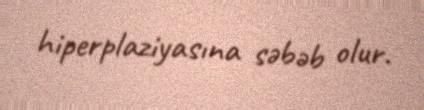
hiperplaziyasına səbəb olur.